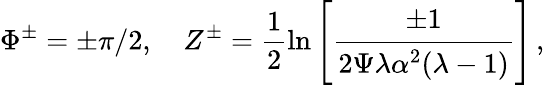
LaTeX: \Phi^{\pm}=\pm\pi/2,\quad Z^{\pm}=\frac{1}{2}\ln\left[\cfrac{\pm 1}{2\Psi\lambda\alpha^{2}(\lambda-1)}\right]\, ,